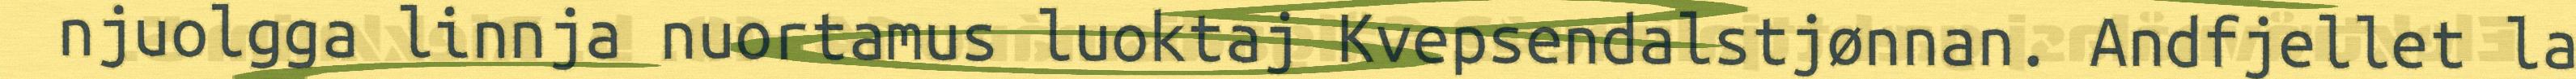
njuolgga linnja nuortamus luoktaj Kvepsendalstjønnan. Andfjellet la